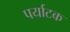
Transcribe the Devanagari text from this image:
पर्याटक